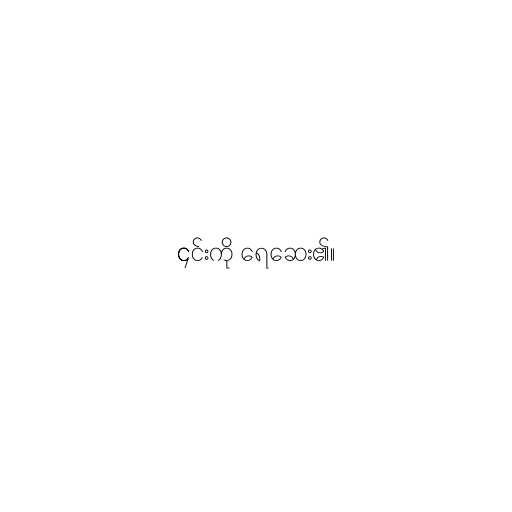
၎င်းကို ရေဆေး၏။